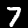
Digit: 7